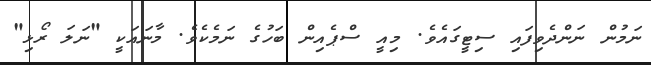
ނަމުން ނަންދެވިފައި ސިޓީގައެވެ. މިއީ ސްޕެއިން ބަހުގެ ނަމެކެވެ. މާނައަކީ "ނަލަ ރޯޅި"